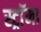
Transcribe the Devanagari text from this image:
स्ट्राॅमा